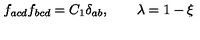
f _ { a c d } f _ { b c d } = C _ { 1 } \delta _ { a b } , \qquad \lambda = 1 - \xi